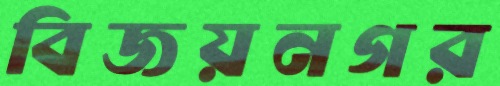
বিজয়নগর